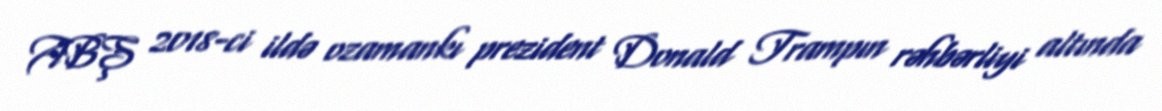
ABŞ 2018-ci ildə ozamankı prezident Donald Trampın rəhbərliyi altında